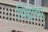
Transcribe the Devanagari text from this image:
पिंडीचा